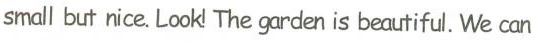
mall but nice. Look The garden is booutiful. We can